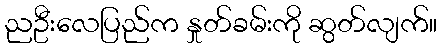
ညဦးလေပြည်က နှုတ်ခမ်းကို ဆွတ်လျက်။